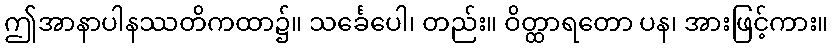
ဤအာနာပါနဿတိကထာ၌။ သင်္ခေပေါ၊ တည်း။ ဝိတ္ထာရတော ပန၊ အားဖြင့်ကား။